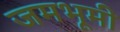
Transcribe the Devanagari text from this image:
जमभूमी